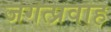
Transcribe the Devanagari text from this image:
जगत्प्रवाह